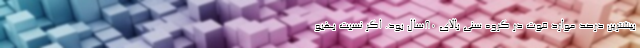
بیشترین درصد موارد فوت در گروه سنی بالای ۸۰سال بود. اگر نسبت بهبو